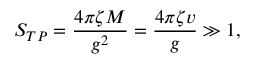
S _ { T P } = \frac { 4 \pi \zeta M } { g ^ { 2 } } = \frac { 4 \pi \zeta v } { g } \gg 1 ,